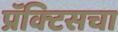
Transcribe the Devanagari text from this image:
प्रॅक्‍टिसचा